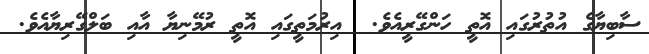
ސާބިޔާގެ އުތުރުގައި އޮތީ ހަންގޭރީއެވެ.  އިރުމަތީގައި އޮތީ ރުމޭނިޔާ އާއި ބަލްގޭރިޔާއެވެ.